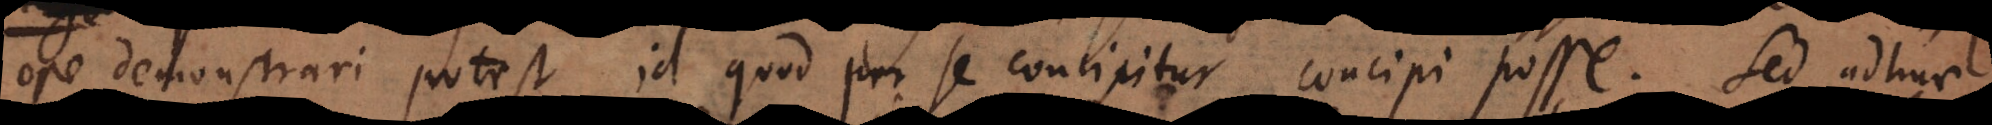
ope demonstrari potest id quod per se concipitur concipi posse. Sed adhuc